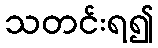
သတင်းရ၍